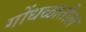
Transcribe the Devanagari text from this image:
गोंधळातील